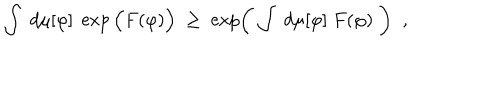
\int \; d \mu [ \varphi ] \; \exp \Big ( F ( \varphi ) \Big ) \; \geq \; \exp \left( \; \int \; d \mu [ \varphi ] \; F ( \varphi ) \; \right) \; \; ,